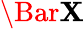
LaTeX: \Bar{\mathbf{X}}